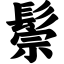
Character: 鬃